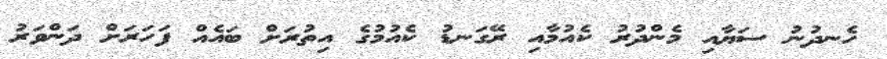
ހެނދުނު ސަޔާއި މެންދުރު ކެއުމާއި ރޭގަނޑު ކެއުމުގެ އިތުރަށް ބައެއް ފަހަރަށް ދަންވަރު